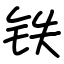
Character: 铁